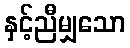
နှင့်ညီမျှသော